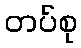
တပ်စု